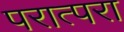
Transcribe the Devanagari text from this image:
परात्परा